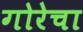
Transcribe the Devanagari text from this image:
गोरेचा